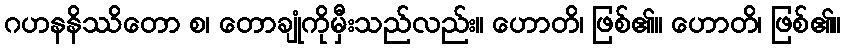
ဂဟနနိဿိတော စ၊ တောချုံကိုမှီးသည်လည်း။ ဟောတိ၊ ဖြစ်၏။ ဟောတိ၊ ဖြစ်၏။